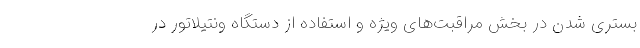
بستری شدن در بخش مراقبت‌های ویژه و استفاده از دستگاه ونتیلاتور در